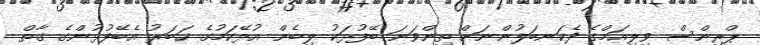
ޕްރިންސް ވިލިއަމްގެ ދެކަނބަލުންނަށް ތިންވަނަ ބޭފުޅަކު ލިބެން އުޅޭކަމުގެ ޚަބަރު އެބޭފުޅުންގެ ގާތް